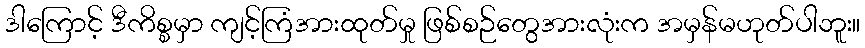
ဒါကြောင့် ဒီကိစ္စမှာ ကျင့်ကြံအားထုတ်မှု ဖြစ်စဉ်တွေအားလုံးက အမှန်မဟုတ်ပါဘူး။